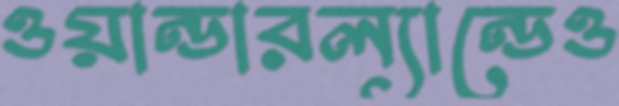
ওয়ান্ডারল্যান্ডেও